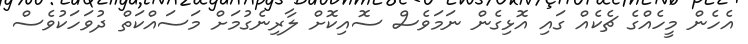
އެހެން މީހެއްގެ ޗެކެއް ގައި އޮޅިގެން ނަމަވެސް ސޮއިކޮށް ލާރިނެގުމަށް މަސައްކަތް ދުވަހަކުވެސް